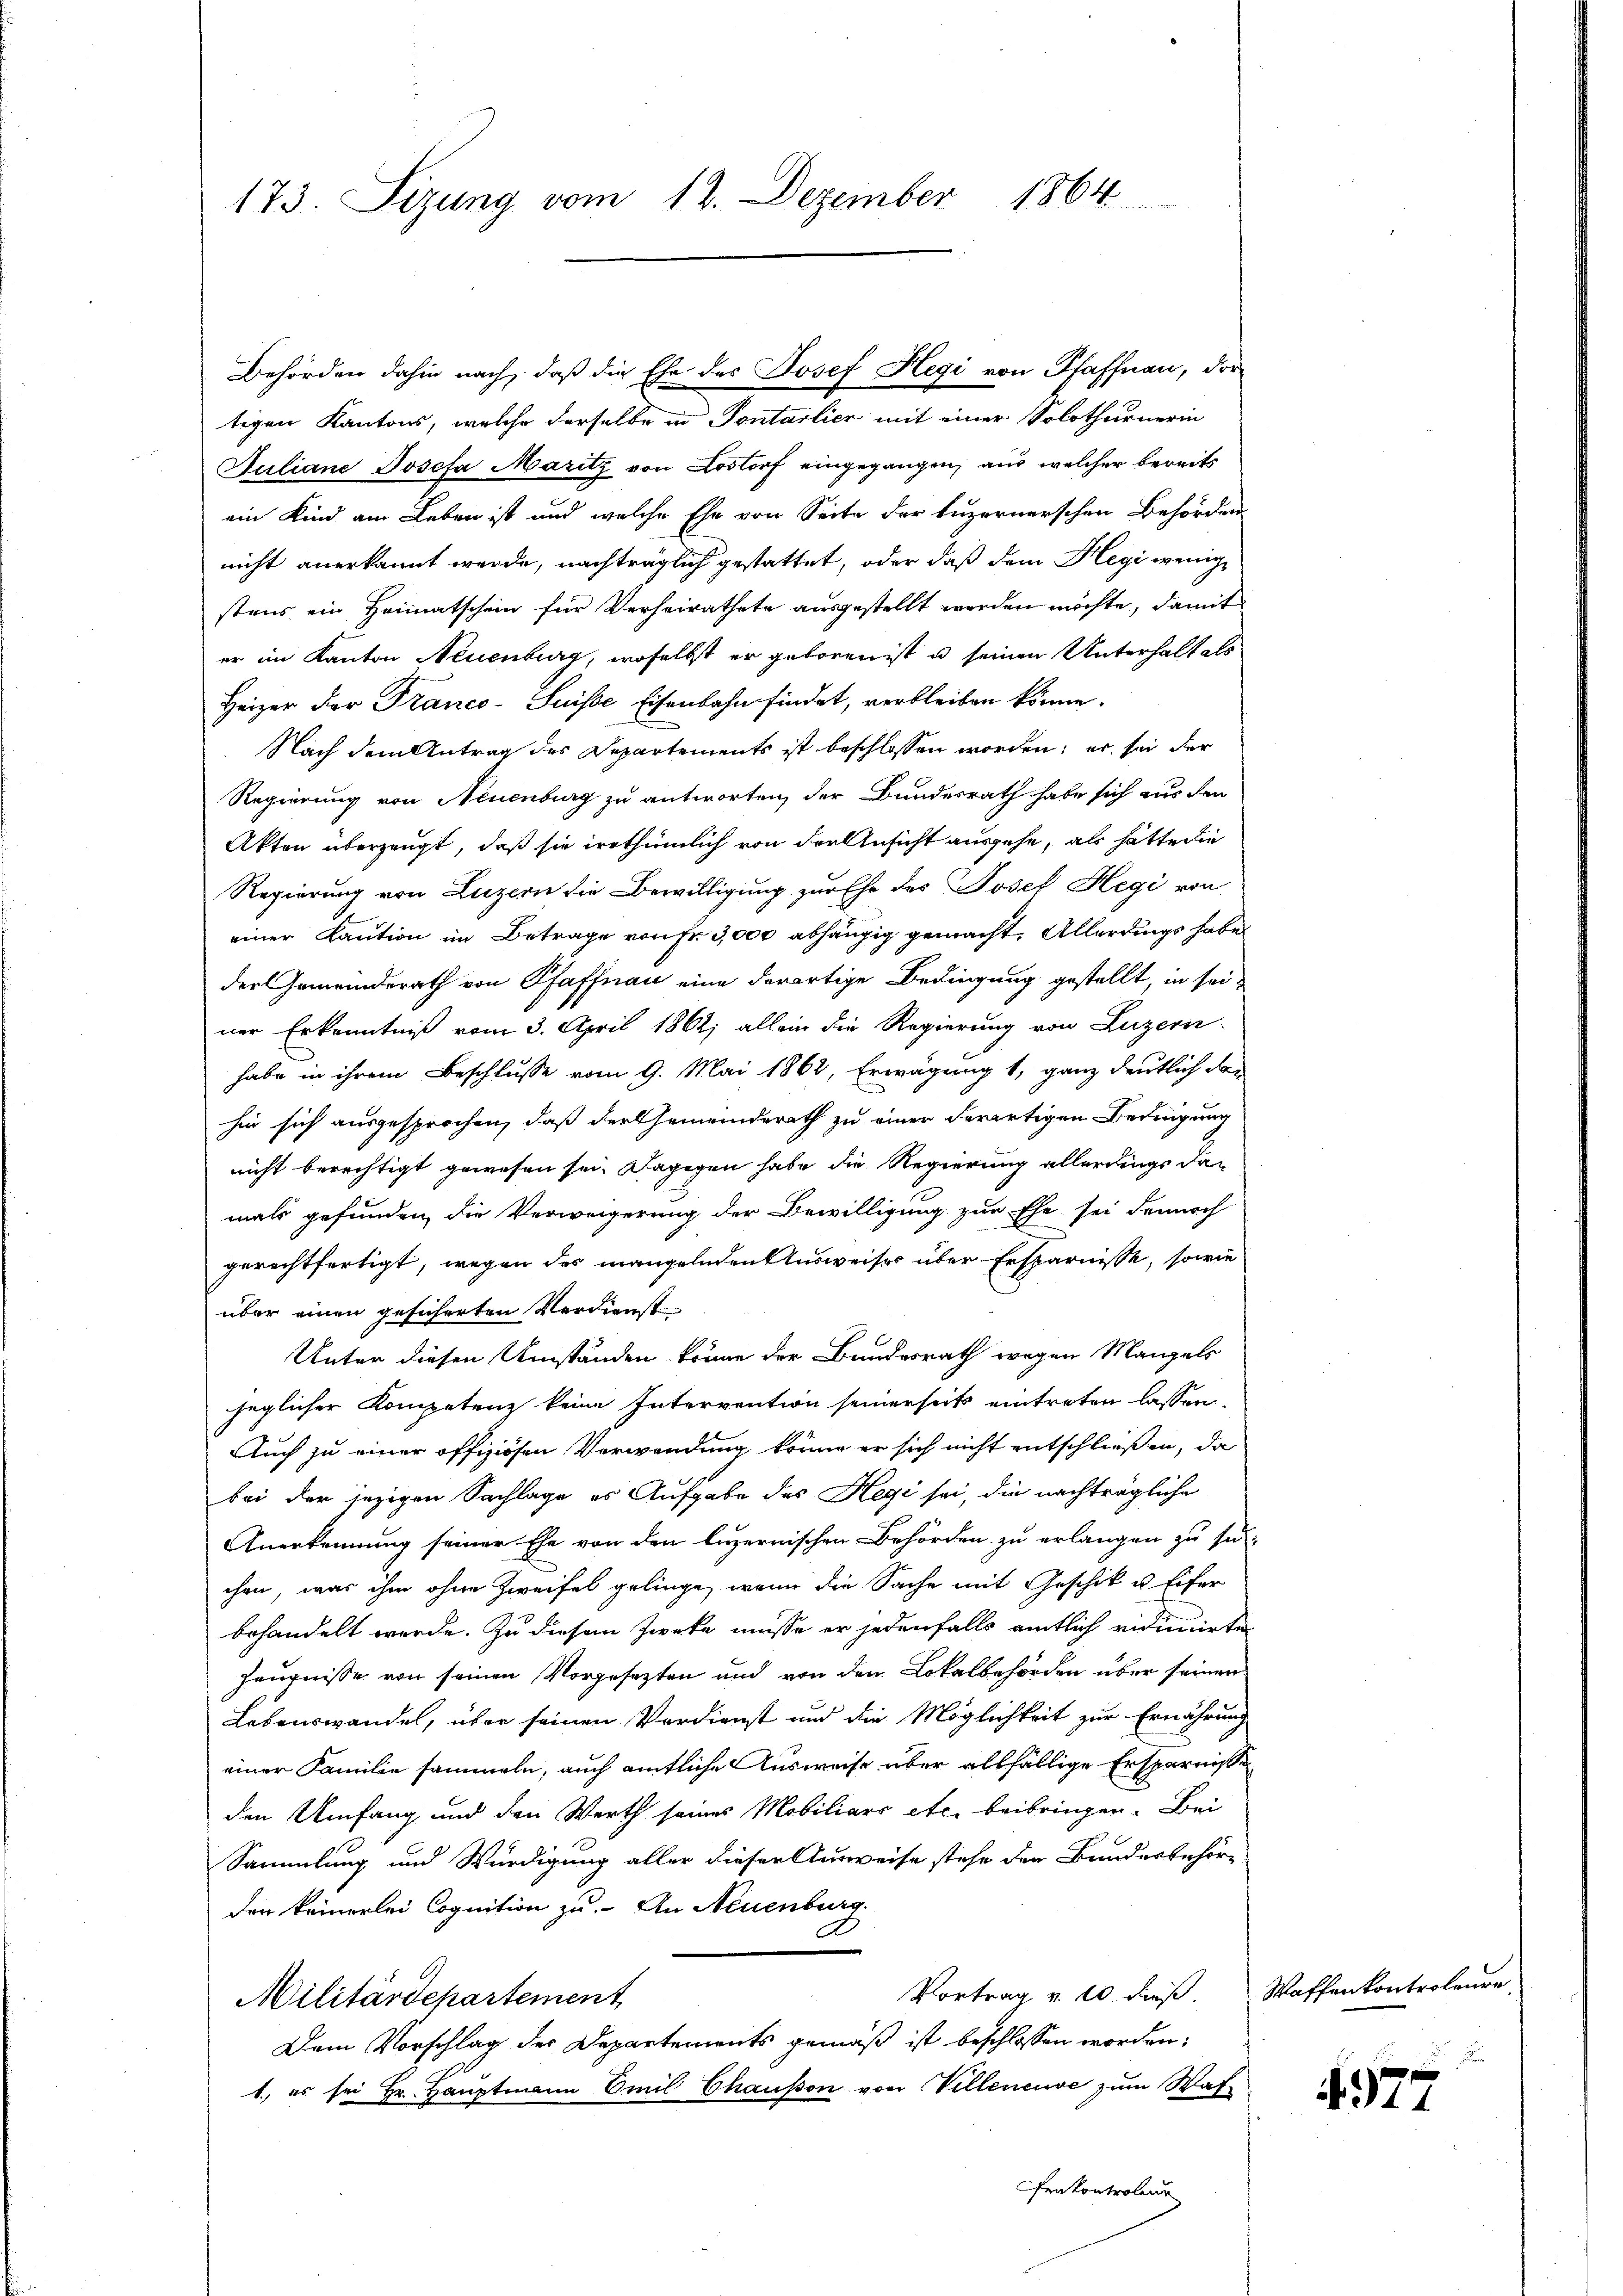
173. Sizung vom 12. Dezember 1864

Behörden dahin nach, daß die Ehe des Josef Hegi von Pfaffnau, dortigen Kantons, welche derselbe in Sontarlier mit einer Solothurnerin
Juliane Josefa Maritz von Lostorf eingegangen, aus welcher bereits
ein Kind am Leben ist und welche Ehe von Seite der Luzernerschen Behörden
nicht anerkannt werde, nachträglich gestattet, oder daß dem Hegi wenige
stens ein Heimatschein für Verheirathete ausgestellt werden möchte, damit
er im Kanton Neuenburg, woselbst er geboren ist u seinen Unterhalt als
Heizer der Franco-Suisse Eisenbahn findet, verbleiben könne.
Nach dem Antrag des Departements ist beschlossen worden; er sei der
Regierung von Neuenburg zu antworten, der Bundesrath habe sich aus den
Akten überzeugt, daß sie irrthümlich von der Ansicht ausgehe, als hätte die
Regierung von Luzern die Bewilligung zur Ehe des Josef Hegi von
einer Kaution im Betrage von Fr. 3,000 abhängig gemacht. Allerdings habe
der Gemeinderath von Pfaffnau eine derartige Bedingung gestellt, in seiner Erkenntniß vom 3. April 1862; allein die Regierung von Luzern
habe in ihrem Beschlusse vom 9. Mai 1862, Erwägung 1, ganz deutlich der
hin sich ausgesprochen, daß der Gemeinderath zu einer derartigen Bedingung
nicht berechtigt gewesen sei. Dagegen habe die Regierung allerdings dan
mals gefunden, die Verweigerung der Bewilligung zur Ehe sei dennoch
gerechtfertigt, wegen des mangelnden Ausweiser über Ersparnisse, sowie
über einen gesicherten Verdienst
Unter diesen Umständen könne der Bundesrath wegen Mangels
jeglicher Kompetenz keine Intervention seinerseits eintreten lassen.
Auch zu einer offiziösen Verwendung könne er sich nicht entschließen, da
bei der jezigen Sachlage es Aufgabe des Hegi sei, die nachträgliche
Anerkennung seiner Ehe von den luzernischen Behörden zu erlangen zu su-
chen, was ihm ohne Zweifel gelinge, wenn die Sache mit Geschik u. Eifer
behandelt werde. Zu diesem Zwecke müsse er jedenfalls amtlich vidimirten
Zeugnisse von seinen Vorgesetzten und von den Lokalbehörden über seinen
Lebenswandel, über seinen Verdienst und die Möglichkeit zur Ernährung
einer Familie sammeln, auch amtliche Ausweise aber allfällige Ersparnisse
den Umfang und den Werth seines Mobiliars etc. beibringen. Bei
Sammlung und Würdigung aller dieser Ausweise stehe der Bundesbehörden keinerlei Cognition zu. An Neuenburg
Vortrag v. 10. dieβ. Waffenkontroleure
Militärdepartement
Dem Vorschlag der Departements gemäß ist beschlossen worden,
1) es sei Hr. Hauptmann Emil Chausen von Villeneuve zŭm Waf
enkontroleur

377